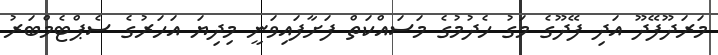
މަރަދޫފޭދޫ އަދި ފޭދޫގެ މަގު ހެދުމުގެ މަސައްކަތް ފަށާފައިވަނީ މިދިޔަ އަހަރުގެ ސެޕްޓެމްބަރު